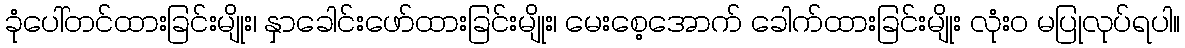
ခုံပေါ်တင်ထားခြင်းမျိုး၊ နှာခေါင်းဖော်ထားခြင်းမျိုး၊ မေးစေ့အောက် ခေါက်ထားခြင်းမျိုး လုံးဝ မပြုလုပ်ရပါ။